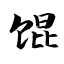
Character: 馄